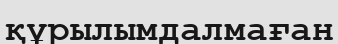
құрылымдалмаған